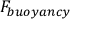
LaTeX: F _ { b u o y a n c y }